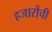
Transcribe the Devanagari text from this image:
हजारोंची